Scientific memoirs by medical officers of the Army of India - Part X,
Year: 1897
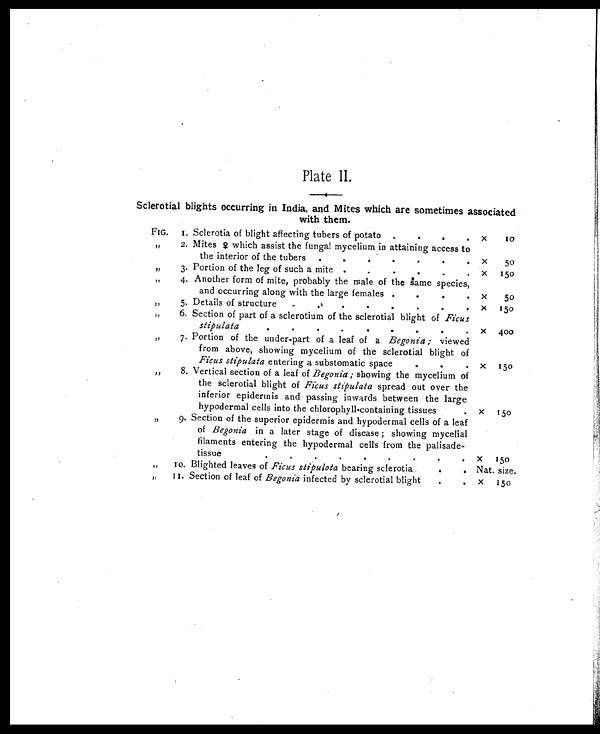
Plate II
Sclerotial blights occurring in India, and Mites which are sometimes associated
with them.
FIG. 1. Sclerotia of blight affecting tubers of potato .
.
.
. x 1 0
„
2. Mites ♀ which assist the fungal mycelium in attaining access to
the interior of the tubers .
.
.
.
.
.
. x 5 0
„
3. Portion of the leg of such a mite .
. . . . . x 1 5 0
„
4. Another form of mite, probably the male of the same species,
and occurring along with the large females .
.
.
. x
5 0
„
5. Details of structure
.
.
.
.
.
.
.
. x 150
„
6. Section of part of a sclerotium of the sclerotial blight of Ficus
stipulata .
.
.
.
.
.
.
.
. x 400
„
7. Portion of the under-part of a leaf of a Begonia ; viewed
from above, showing mycelium of the sclerotial blight of
Ficus stipulata entering a substomatic space
.
.
. x 150
„
8. Vertical section of a leaf of Begonia ; showing the mycelium of
the sclerotial blight of Ficus stipulata spread out over the
inferior epidermis and passing inwards between the large
hypodermal cells into the chlorophyll-containing tissues . x 150
„
9. Section of the superior epidermis and hypodermal cells of a leaf
of Begonia in a later stage of disease ; showing mycelial
filaments entering the hypodermal cells from the palisade-
tissue
.
.
.
.
.
.
.
.
. x 1 5 0
„
10. Blighted leaves of Ficus stipulota bearing sclerotia
.
. Nat. size.
„
11. Section of leaf of Begonia infected by sclerotial blight
.
. x 1 5 0